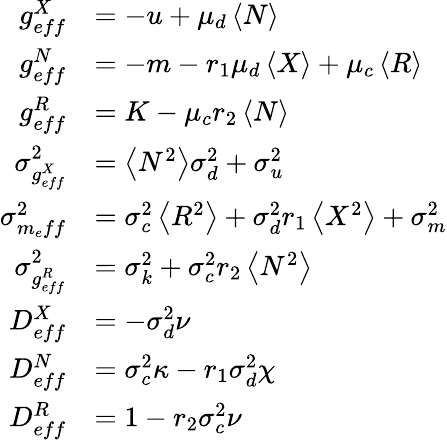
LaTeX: \begin{array}{rl}{g_{eff}^{X}}&{=-u+\mu_{d}\left<N\right>}\\ {g_{eff}^{N}}&{=-m-r_{1}\mu_{d}\left<X\right>+\mu_{c}\left<R\right>}\\ {g_{eff}^{R}}&{=K-\mu_{c}r_{2}\left<N\right>}\\ {\sigma_{g_{eff}^{X}}^{2}}&{=\left<N^{2}\right>\sigma_{d}^{2}+\sigma_{u}^{2}}\\ {\sigma_{m_{e}ff}^{2}}&{=\sigma_{c}^{2}\left<R^{2}\right>+\sigma_{d}^{2}{r_{1}}\left<X^{2}\right>+\sigma_{m}^{2}}\\ {\sigma_{g_{eff}^{R}}^{2}}&{=\sigma_{k}^{2}+\sigma_{c}^{2}{r_{2}}\left<N^{2}\right>}\\ {D_{eff}^{X}}&{=-\sigma_{d}^{2}\nu}\\ {D_{eff}^{N}}&{=\sigma_{c}^{2}\kappa-r_{1}\sigma_{d}^{2}\chi}\\ {D_{eff}^{R}}&{=1-r_{2}\sigma_{c}^{2}\nu}\end{array}